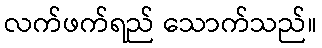
လက်ဖက်ရည် သောက်သည်။